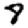
Digit: 8